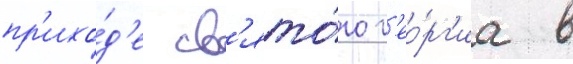
пр'ихо́д'е св'ято́го г'ео́рг'иа в